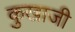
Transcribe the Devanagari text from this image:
कुखाजी